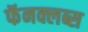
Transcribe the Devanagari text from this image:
फॅनक्लब्स